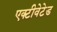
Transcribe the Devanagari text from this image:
एक्टीवेटेड